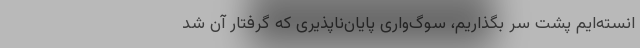
انسته‌ایم پشت سر بگذاریم، سوگ‌واریِ پایان‌ناپذیری که گرفتار آن شد